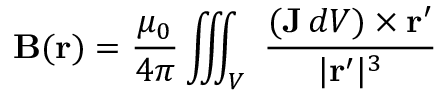
\mathbf { B } ( \mathbf { r } ) = { \frac { \mu _ { 0 } } { 4 \pi } } \iiint _ { V } \ { \frac { ( \mathbf { J } \, d V ) \times \mathbf { r } ^ { \prime } } { | \mathbf { r } ^ { \prime } | ^ { 3 } } }